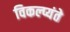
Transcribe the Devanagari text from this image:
विकल्प्यंते